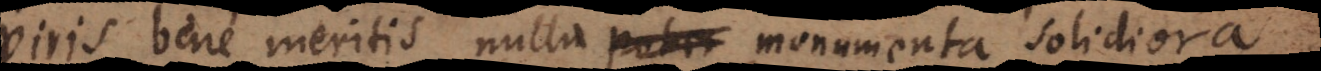
viris bene meritis nulla monumenta solidiora